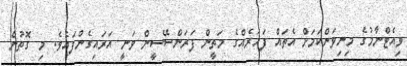
ވިއެޓްނާމުގެ މިނިވަންކަމަށް އެތައް ފަހަރެއްގެ މަތީން ފަރަންސޭސީން ވަނީ އަރައިގެންފައެވެ. މި ގޮތުން